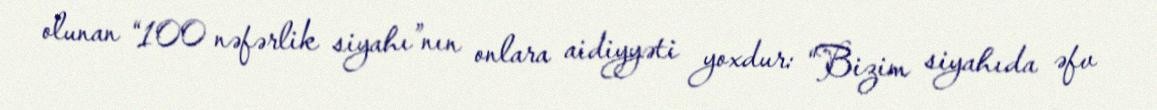
olunan “100 nəfərlik siyahı”nın onlara aidiyyəti yoxdur: “Bizim siyahıda əfv